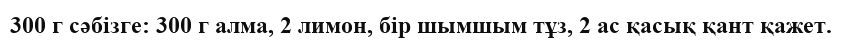
300 г сәбізге: 300 г алма, 2 лимон, бір шымшым тұз, 2 ас қасық қант қажет.